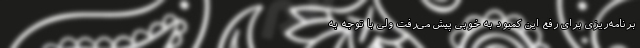
برنامه‌ریزی برای رفع این کمبود به خوبی پیش می‌رفت ولی با توجه به